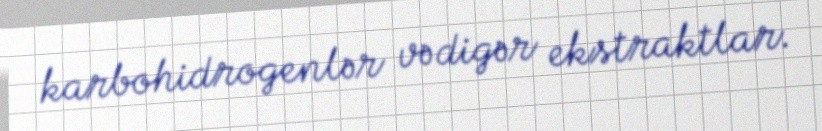
karbohidrogenlər və digər ekstraktlar.